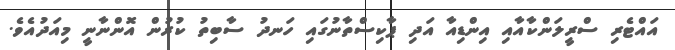
އަައްޓެރި ސްރީލަންކާއާއި އިންޑިއާ އަދި ޕާކިސްތާނުގައި ހަނދު ސާބިތު ކުރުން އޮންނާނީ މިއަދުއެވެ.